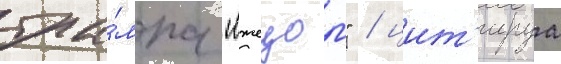
тра́мпа "лжецом" / цит'ируа